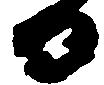
日